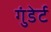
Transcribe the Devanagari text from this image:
गुंडेर्ट